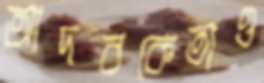
আদবকেতাও